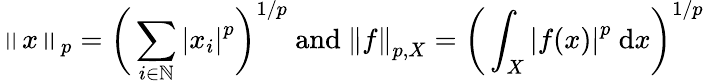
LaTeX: \left\| x\right\| _{p}={\bigg(}\sum_{i\in\mathbb{N}}\left|x_{i}\right|^{p}{\bigg)}^{1/p}{\mathrm{~and}}\ \left\| f\right\| _{p,X}={\bigg(}\int_{X}\left|f(x)\right|^{p}~\mathrm{d}x{\bigg)}^{1/p}